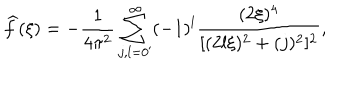
\widehat { f } ( \xi ) = - \frac { 1 } { 4 \pi ^ { 2 } } \sum _ { j , l = 0 ^ { \prime } } ^ { \infty } ( - 1 ) ^ { l } \frac { ( 2 \xi ) ^ { 4 } } { [ ( 2 l \xi ) ^ { 2 } + ( j ) ^ { 2 } ] ^ { 2 } } ,